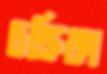
চক্রিকা